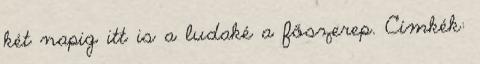
két napig itt is a ludaké a főszerep. Címkék: